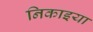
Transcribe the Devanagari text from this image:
निकाइया